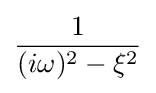
{\frac {1}{(i\omega )^{2}-\xi ^{2}}}